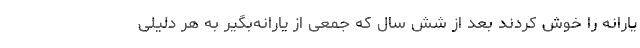
یارانه را خوش کردند بعد از شش سال که جمعی از یارانه‌بگیر به هر دلیلی